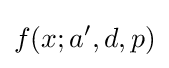
f(x;a',d,p)